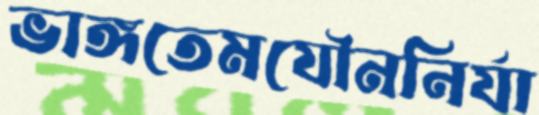
ভাঙ্গতেমযৌননির্যা